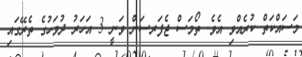
މަސައްކަތް ކުރެއްވި އެވެ. ތޯމަސް ޖެފަރސަން ވަނީ 3 އަަހަރު ދުވަހުގެ ތެރޭގައި